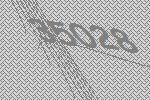
35028